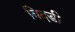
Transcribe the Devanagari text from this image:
बिदडी